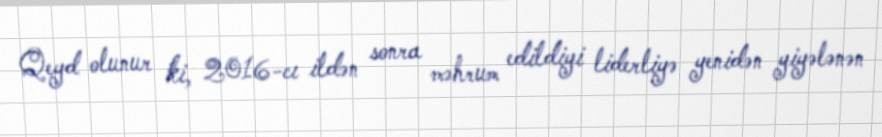
Qeyd olunur ki, 2016-cı ildən sonra məhrum edildiyi liderliyə yenidən yiyələnən